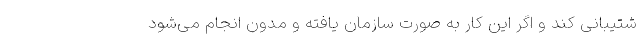
شتیبانی کند و اگر این کار به صورت سازمان یافته و مدون انجام می‌شود